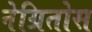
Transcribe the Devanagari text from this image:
नेग्रितोस